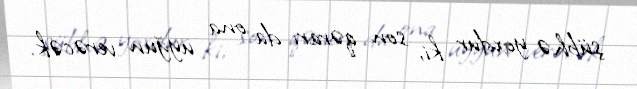
şübhə yoxdur ki, son qərarı da ona uyğun verəcək.